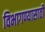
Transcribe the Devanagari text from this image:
विभागण्यासाठी